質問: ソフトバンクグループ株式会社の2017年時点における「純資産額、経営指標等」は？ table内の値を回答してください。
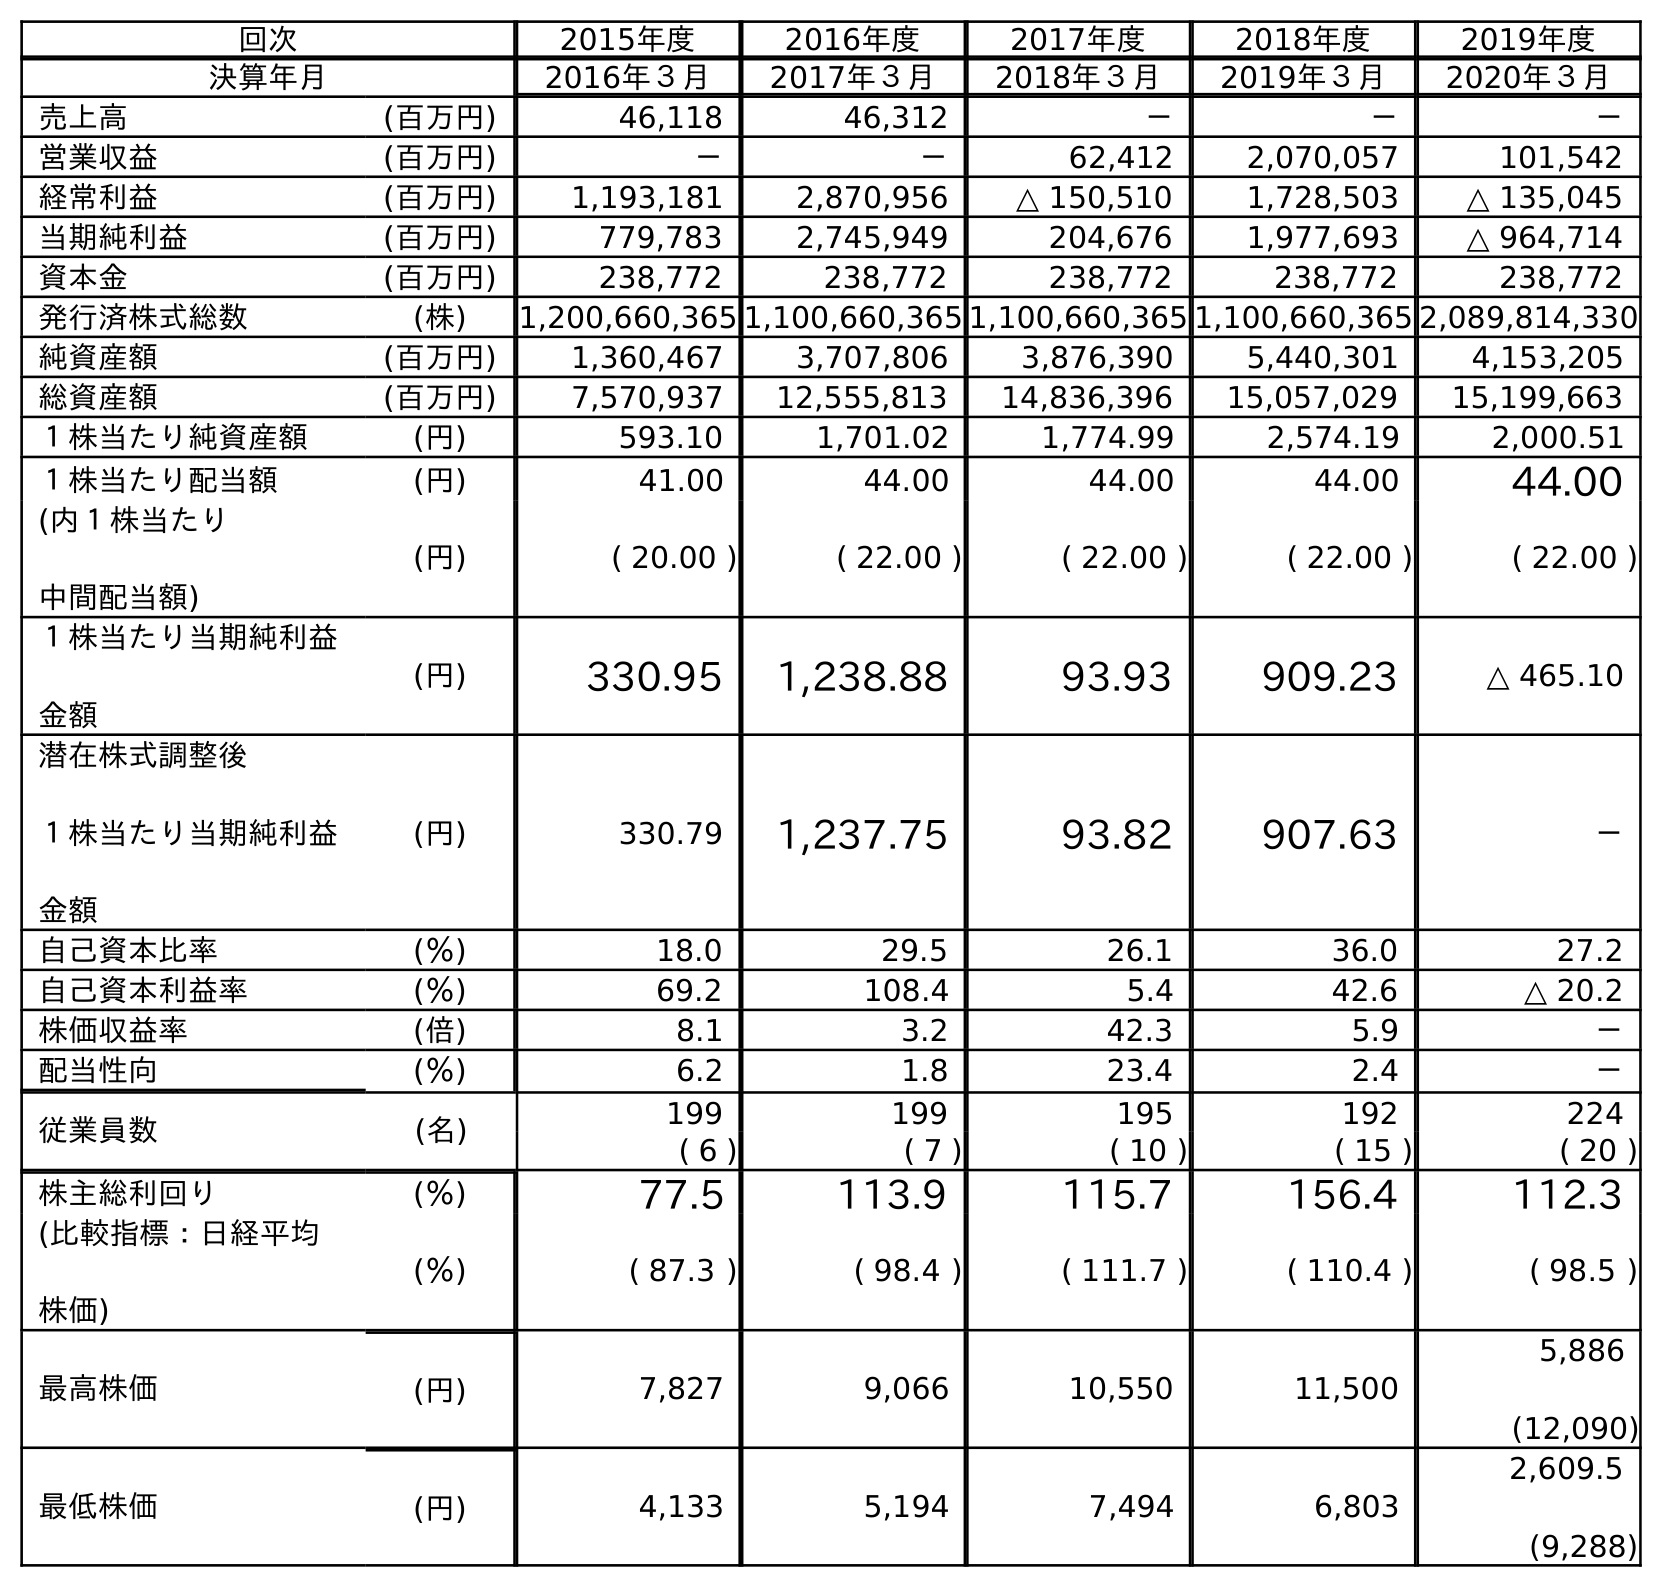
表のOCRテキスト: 回次 2015年度 2016年度 2017年度 2018年度 2019年度 決算年月 2016年３月 2017年３月 2018年３月 2019年３月 2020年３月 売上高 (百万円) 46,118 46,312 － － － 営業収益 (百万円) － － 62,412 2,070,057 101,542 経常利益 (百万円) 1,193,181 2,870,956 △ 150,510 1,728,503 △ 135,045 当期純利益 (百万円) 779,783 2,745,949 204,676 1,977,693 △ 964,714 資本金 (百万円) 238,772 238,772 238,772 238,772 238,772 発行済株式総数 (株) 1,200,660,365 1,100,660,365 1,100,660,365 1,100,660,365 2,089,814,330 純資産額 (百万円) 1,360,467 3,707,806 3,876,390 5,440,301 4,153,205 総資産額 (百万円) 7,570,937 12,555,813 14,836,396 15,057,029 15,199,663 １株当たり純資産額 (円) 593.10 1,701.02 1,774.99 2,574.19 2,000.51 １株当たり配当額 (円) 41.00 44.00 44.00 44.00 44.00 (内１株当たり 中間配当額) (円) ( 20.00 ) ( 22.00 ) ( 22.00 ) ( 22.00 ) ( 22.00 ) １株当たり当期純利益 金額 (円) 330.95 1,238.88 93.93 909.23 △ 465.10 潜在株式調整後 １株当たり当期純利益 金額 (円) 330.79 1,237.75 93.82 907.63 － 自己資本比率 (％) 18.0 29.5 26.1 36.0 27.2 自己資本利益率 (％) 69.2 108.4 5.4 42.6 △ 20.2 株価収益率 (倍) 8.1 3.2 42.3 5.9 － 配当性向 (％) 6.2 1.8 23.4 2.4 － 従業員数 (名) 199 199 195 192 224 ( 6 ) ( 7 ) ( 10 ) ( 15 ) ( 20 ) 株主総利回り (％) 77.5 113.9 115.7 156.4 112.3 (比較指標：日経平均 株価) (％) ( 87.3 ) ( 98.4 ) ( 111.7 ) ( 110.4 ) ( 98.5 ) 最高株価 (円) 7,827 9,066 10,550 11,500 5,886 (12,090) 最低株価 (円) 4,133 5,194 7,494 6,803 2,609.5 (9,288)
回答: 3,707,806